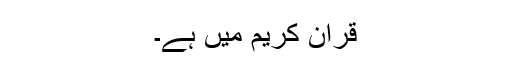
قرآن کریم میں ہے۔